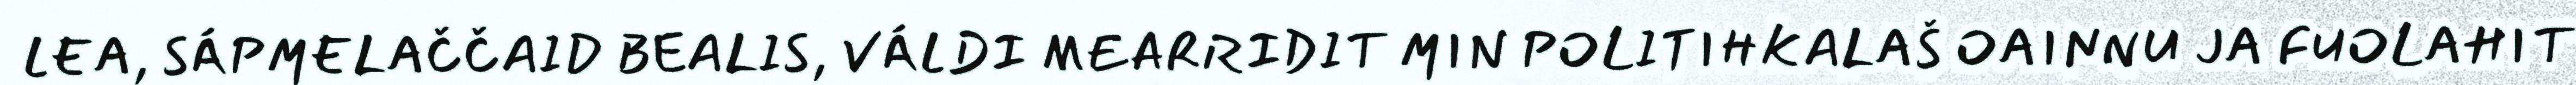
LEA, SÁPMELAČČAID BEALIS, VÁLDI MEARRIDIT MIN POLITIHKALAŠ OAINNU JA FUOLAHIT